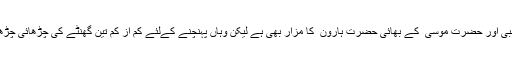
پیٹرا کی بلند ترین چوٹیوں پر اللہ کے نبی اور حضرت موسیٰ ؑ کے بھائی حضرت ہارون ؑ کا مزار بھی ہے لیکن وہاں پہنچنے کےلئے کم از کم تین گھنٹے کی چڑھائی چڑھنا پڑتی ہے لہٰذا ہم وہاں نہیں جا سکے۔